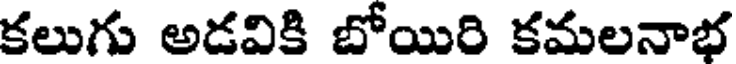
కలుగు అడవికి బోయిరి కమలనాభ